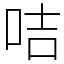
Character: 咭